Code of medical and sanitary regulations for the guidance of medical officers serving in the Madras Presidency - Volume I
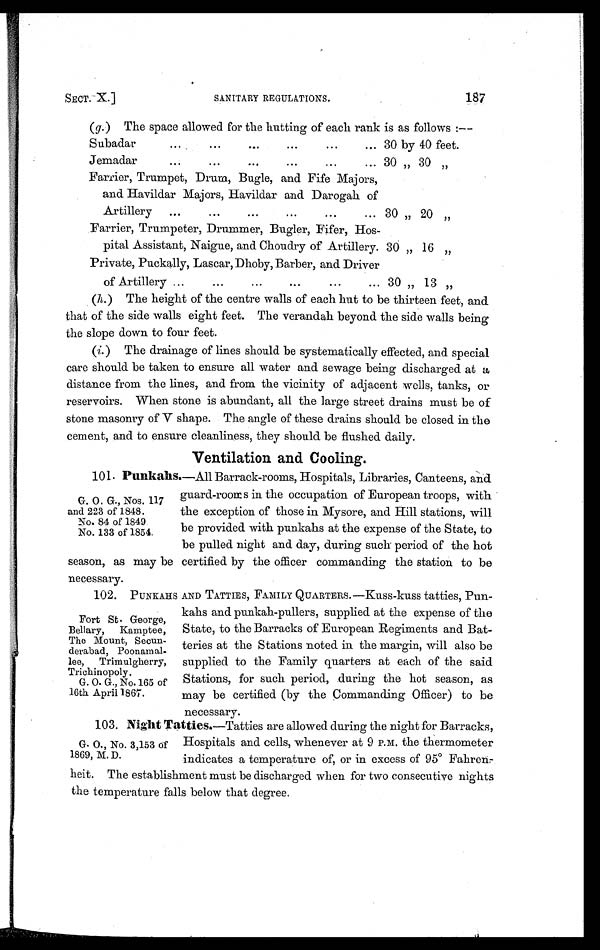
SECT. X.] SANITARY REGULATIONS.
187
(g.)The space allowed for the hutting of each rank is as follows :—
Subadar
... ... ...
...
... 30 by 40 feet.
Jemadar
...
...
...
...
... 30 „ 30 „
Farrier, Trumpet, Drum, Bugle, and Fife Majors,
and Havildar Majors, Havildar and Darogah of
Artillery
...
...
...
...
...
... 30 „ 20 „
Farrier, Trumpeter, Drummer, Bugler, Fifer, Hos-
pital Assistant, Naigue, and Choudry of Artillery. 30 „ 16 „
Private, Puekally, Lascar, Dhoby, Barber, and Driver
of Artillery ...
...
...
...
•••
...
30 „ 13 , ,
(h.) The height of the centre walls of each hut to be thirteen feet, and
that of the side walls eight feet. The verandah beyond the side walls being
the slope down to four feet.
(i. ) The drainage of lines should be systematically effected, and special
care should be taken to ensure all water and sewage being discharged at a
distance from the lines, and from the vicinity of adjacent wells, tanks, or
reservoirs. When stone is abundant, all the large street drains must be of
stone masonry of V shape. The angle of these drains should be closed in the
cement, and to ensure cleanliness, they should be flushed daily.
Ventilation and Cooling.
101. Punkahs.—All Barrack-rooms, Hospitals, Libraries, Canteens, and
guard-rooms in the occupation of European troops, with
the exception of those in Mysore, and Hill stations, will
be provided with punkahs at the expense of the State, to
be pulled night and day, during such period of the hot
season, as may be certified by the officer commanding the station to be
necessary.
102. PUNKAHS AND TATTIES, FAMILY QUARTERS.—Kuss-kuss tatties, Pun-
kahs and punkah-pullers, supplied at the expense of the
State, to the Barracks of European Regiments and Bat-
teries at the Stations noted in the margin, will also be
supplied to the Family quarters at each of the said
Stations, for such period, during the hot season, as
may be certified (by the Commanding Officer) to be
necessary.
103 Night Tatties. —Tatties are allowed during the night for Barracks,
Hospitals and cells, whenever at 9 P.M. the thermometer
indicates a temperature of, or in excess of 95° Fahren-
heit. The establishment must be discharged when for two consecutive nights
the temperature falls below that degree.
G. O. G., Nos. 117
and 223 of 1848.
No. 84 of 1849
No. 133 of 1854.
Fort St. George,
Bellary, Kamptee,
The Mount, Secun-
derabad, Poonamal-
lee, Trimulgherry,
Trichinopoly.
G. O. G ., No. 165 of
16th April 1867.
G. O., No. 3,153 of
1869, M. D.